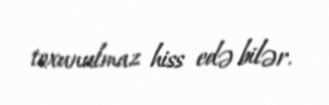
toxunulmaz hiss edə bilər.